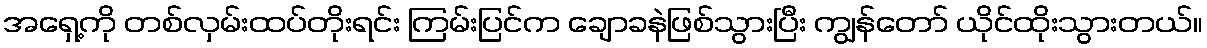
အရှေ့ကို တစ်လှမ်းထပ်တိုးရင်း ကြမ်းပြင်က ချောခနဲဖြစ်သွားပြီး ကျွန်တော် ယိုင်ထိုးသွားတယ်။